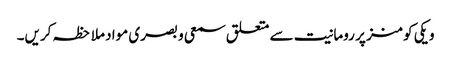
ویکی کومنز پر رومانیت سے متعلق سمعی و بصری مواد ملاحظہ کریں۔